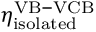
\eta _ { \mathrm { i s o l a t e d } } ^ { \mathrm { V B - V C B } }